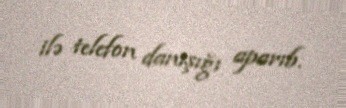
ilə telefon danışığı aparıb.